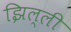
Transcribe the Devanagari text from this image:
झिल्‍ली